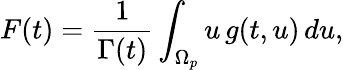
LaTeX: F(t)=\frac{1}{\Gamma(t)}\int_{\Omega_{p}}u\, g(t,u)\, du,